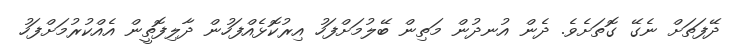
ދޭފަތަށް ނެގޭ ގޮތަށެވެ. ދެން އުނދުން މަތިން ބޭލުމަށްފަހު އިރުކޮޅެއްފަހުން ދާލިފޮތީން އެއްކުރުމަށްފަހު